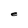
Character: e